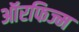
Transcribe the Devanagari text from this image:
ऑरफिज्म